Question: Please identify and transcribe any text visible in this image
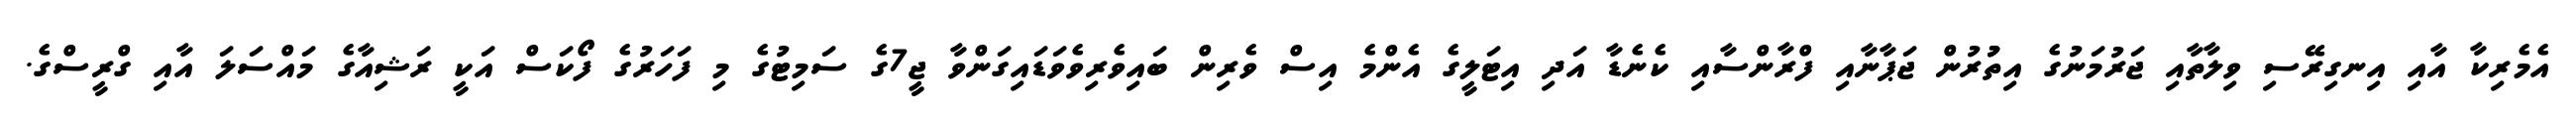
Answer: އެމެރިކާ އާއި އިނގިރޭސި ވިލާތާއި ޖަރުމަނުގެ އިތުުރުން ޖަޕާނާއި ފްރާންސާއި ކެނެޑާ އަދި އިޓަލީގެ އެންމެ އިސް ވެރިން ބައިވެރިވެވަޑައިގަންވާ ޖީ7ގެ ސަމިޓުގެ މި ފަހަރުގެ ފޯކަސް އަކީ ރަޝިއާގެ މައްސަލަ އާއި ގްރީސްގެ.